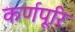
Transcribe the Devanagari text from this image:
कर्णपूरि